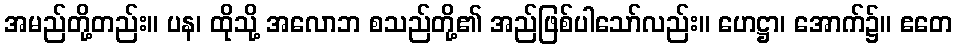
အမည်တို့တည်း။ ပန၊ ထိုသို့ အလောဘ စသည်တို့၏ အည်ဖြစ်ပါသော်လည်း။ ဟေဋ္ဌာ၊ အောက်၌။ ဧတေ